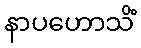
နာပဟောသိံ